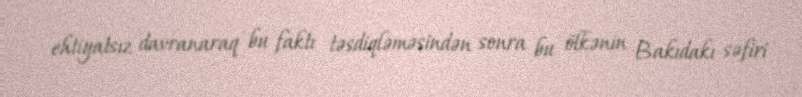
ehtiyatsız davranaraq bu faktı təsdiqləməsindən sonra bu ölkənin Bakıdakı səfiri